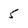
Character: 5